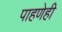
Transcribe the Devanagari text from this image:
पाहणेही